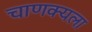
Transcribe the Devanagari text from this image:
चाणक्यला